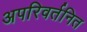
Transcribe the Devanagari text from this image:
अपरिवर्तनित